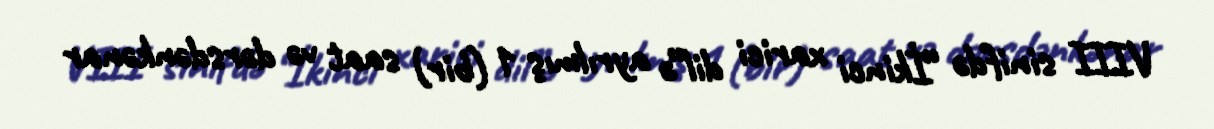
VIII sinifdə “İkinci xarici dil”ə ayrılmış 1 (bir) saat və dərsdənkənar